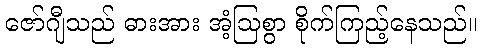
ဇော်ဂျီသည် ဓားအား အံ့ဩစွာ စိုက်ကြည့်နေသည်။